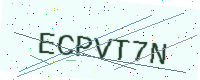
Text: ECPVT7N